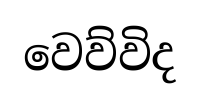
වෙව්විද